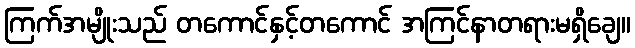
ကြက်အမျိုးသည် တကောင်နှင့်တကောင် အကြင်နာတရားမရှိချေ။